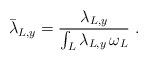
LaTeX: \begin{align*}\bar\lambda_{L,y}=\frac{\lambda_{L,y}}{\int_L\lambda_{L,y}\,\omega_L}\;.\end{align*}